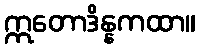
ဣတောဒိန္နကထာ။